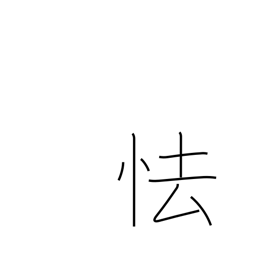
Meaning: wince